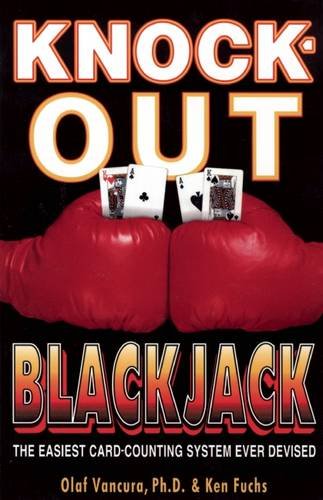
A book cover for Knock-Out Blackjack: The Easiest Card-Counting System Ever Devised; Olaf Vancura; Humor & Entertainment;